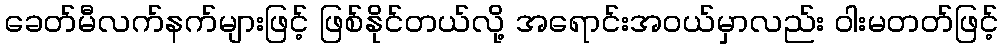
ခေတ်မီလက်နက်များဖြင့် ဖြစ်နိုင်တယ်လို့ အရောင်းအဝယ်မှာလည်း ဝါးမတတ်ဖြင့်